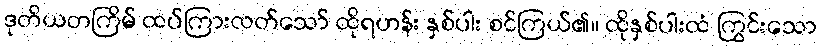
ဒုတိယတကြိမ် ထပ်ကြားလတ်သော် ထိုရဟန်း နှစ်ပါး စင်ကြယ်၏။ ထိုနှစ်ပါးထံ ကြွင်းသော